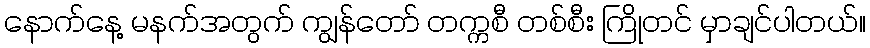
နောက်နေ့ မနက်အတွက် ကျွန်တော် တက္ကစီ တစ်စီး ကြိုတင် မှာချင်ပါတယ်။